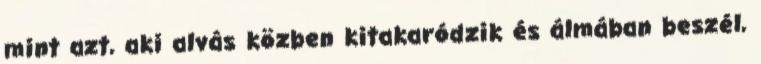
mint azt, aki alvás közben kitakaródzik és álmában beszél,